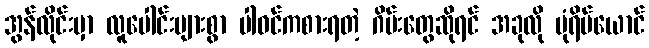
အွန်လိုင်းမှာ လူပေါင်းများစွာ ပါဝင်ကစားရတဲ့ ဂိမ်းတွေဆိုရင် အခုလို ပုံရိပ်ယောင်